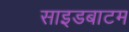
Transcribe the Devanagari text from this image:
साइडबाटम